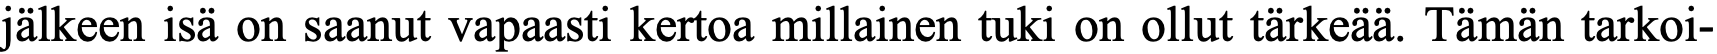
jälkeen isä on saanut vapaasti kertoa millainen tuki on ollut tärkeää. Tämän tarkoi-